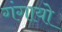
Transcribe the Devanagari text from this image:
गंगायो